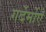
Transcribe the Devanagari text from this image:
गर्देर्मोएँ